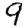
Digit: 9